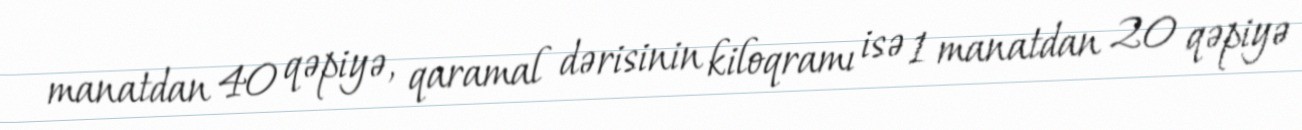
manatdan 40 qəpiyə, qaramal dərisinin kiloqramı isə 1 manatdan 20 qəpiyə